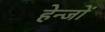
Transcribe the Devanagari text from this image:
हेन्जों